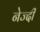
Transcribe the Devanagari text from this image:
नेज्दी